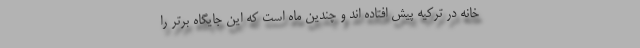
خانه در ترکیه پیش افتاده اند و چندین ماه است که این جایگاه برتر را